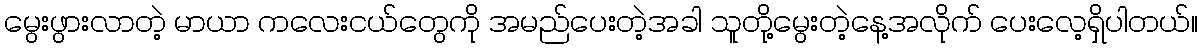
မွေးဖွားလာတဲ့ မာယာ ကလေးငယ်တွေကို အမည်ပေးတဲ့အခါ သူတို့မွေးတဲ့နေ့အလိုက် ပေးလေ့ရှိပါတယ်။